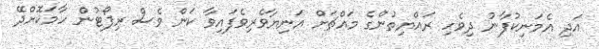
އަދި އެމަނިކުފާނު ދިވެހި ރައްޔިތުންގެ މައްޗަށް އަނިޔާވެރިވެފައިވާ ކަން ވެސް ރިޕޯޓުން ހާމަކޮށްދޭ